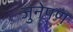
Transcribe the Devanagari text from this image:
जुनेपण